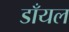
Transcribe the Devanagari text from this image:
डाँयल